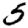
Digit: 5